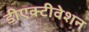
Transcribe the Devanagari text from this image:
डीएक्टीवेशन